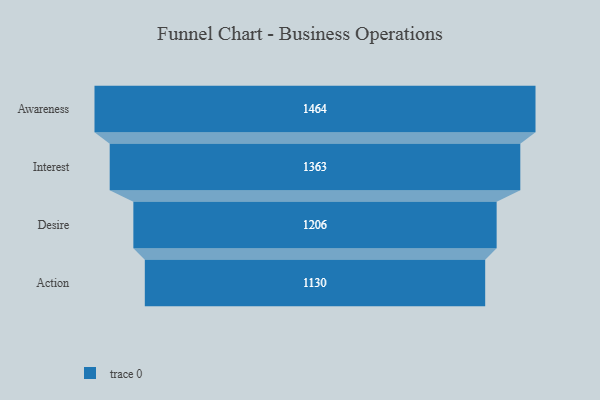
{"axis": {"x": "Stage", "y": "Value"}, "legend": [""], "data": [{"x": "Awareness", "y": 1464.0, "type": ""}, {"x": "Interest", "y": 1363.0, "type": ""}, {"x": "Desire", "y": 1206.0, "type": ""}, {"x": "Action", "y": 1130.0, "type": ""}]}